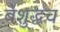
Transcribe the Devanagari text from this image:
बेशुद्धच